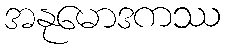
အနုမောဒကဿ